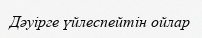
Дәуірге үйлеспейтін ойлар